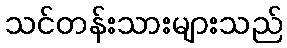
သင်တန်းသားများသည်